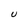
Character: U